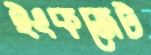
ইংকজেট